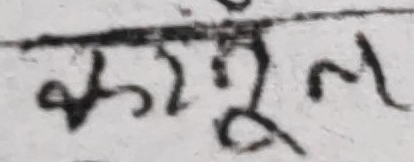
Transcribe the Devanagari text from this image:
करमूल